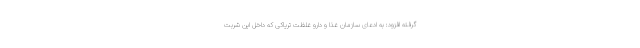
گرفته افزود: به ادعای سازمان غذا و دارو غلظت تریاکی که داخل این شربت